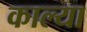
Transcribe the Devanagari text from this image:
काल्या